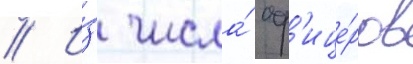
// И́з числа́ оф'ице́ров